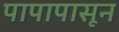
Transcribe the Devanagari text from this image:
पापापासून